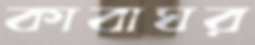
কাবাঘর